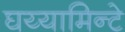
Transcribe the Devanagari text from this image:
घय्यामिन्टे